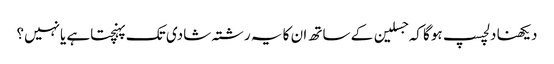
دیکھنا دلچسپ ہوگا کہ جسلین کے ساتھ ان کا یہ رشتہ شادی تک پہنچتاہے یانہیں؟